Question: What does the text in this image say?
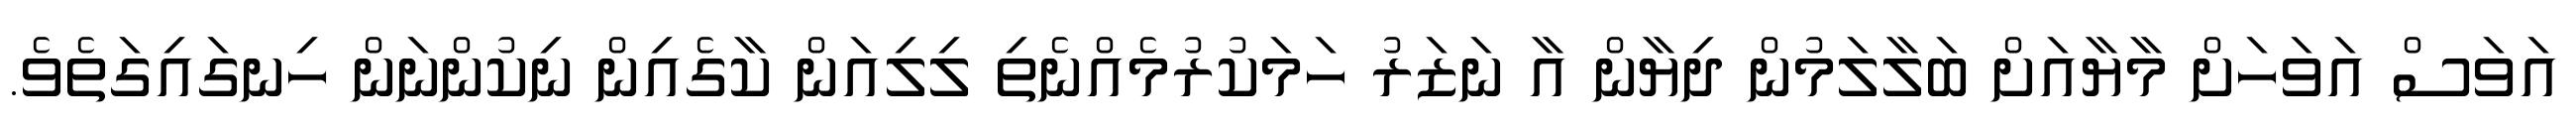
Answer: އަވަސް އަވަހަށް މާޔާއަށް ބަލާލަމުން ދިޔާން އާ ނަޒަރު ހަމަކުރުމެއްނެތި ލިލިއަން ކާގެއިން ނިކުންނަން ހިނގައިގަތެވެ.